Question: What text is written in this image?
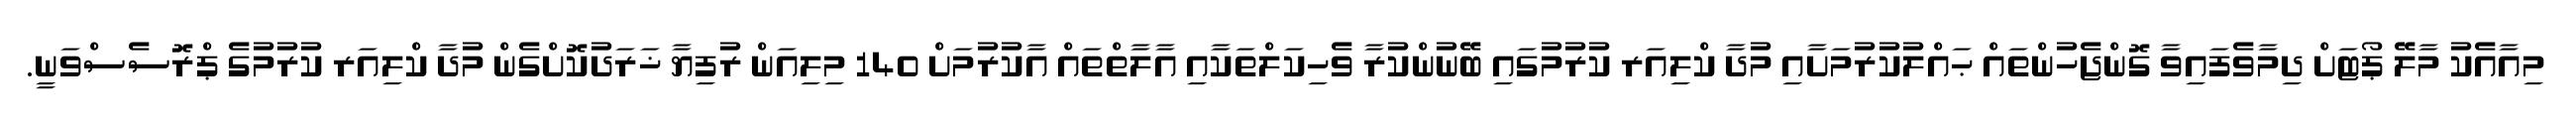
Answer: މިއާއެކު މާލޭ ޕޯޓަށް ދިމާވެފައިވާ ގޮންޖެހުންތައް ޙައްލުކުރުމަށާއި މުދާ ކްލިއަރ ކުރުމުގައި ބޭނުންކުރާ ވެހިކަލްތަކާއި އާލާތްތައް އާކުރުމަށް 140 މިލިއަން ރުފިޔާ ޚަރަދުކޮށްގެން މުދާ ކްލިއަރ ކުރުމުގެ ޕްރޮސެސްވަނީ.